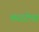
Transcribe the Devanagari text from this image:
कराटेचा